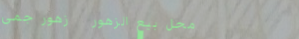
محل بيع الزهور   زهور جمي